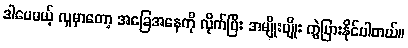
ဒါပေမယ့် လူမှာတော့ အခြေအနေကို လိုက်ပြီး အမျိုးမျိုး ကွဲပြားနိုင်ပါတယ်။